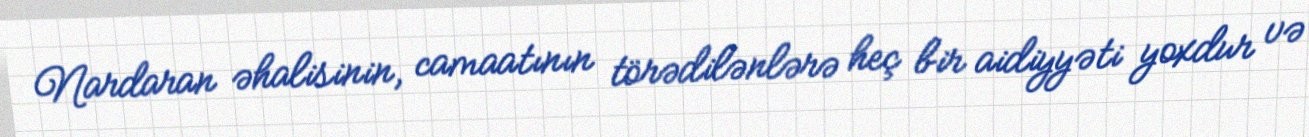
Nardaran əhalisinin, camaatının törədilənlərə heç bir aidiyyəti yoxdur və